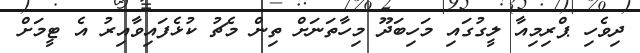
ދިވެހި ޕްރިމިއާ ލީގުގައި މަހިބަދޫ މިހާތަނަށް ތިން މެޗު ކުޅެފައިވާއިރު އެ ޓީމަށް